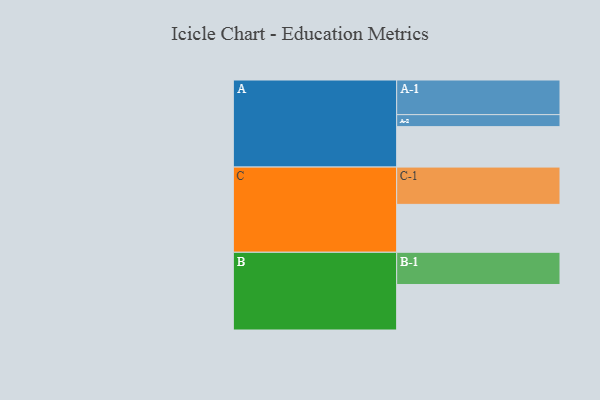
{"axis": {"x": "Segment", "y": "Value"}, "legend": ["", "A", "B", "C"], "data": [{"x": "A", "y": 320, "type": ""}, {"x": "B", "y": 360, "type": ""}, {"x": "C", "y": 379, "type": ""}, {"x": "A-1", "y": 274, "type": "A"}, {"x": "A-2", "y": 95, "type": "A"}, {"x": "B-1", "y": 255, "type": "B"}, {"x": "C-1", "y": 295, "type": "C"}]}